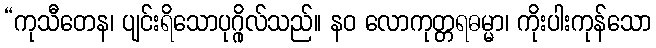
“ကုသီတေန၊ ပျင်းရိသောပုဂ္ဂိုလ်သည်။ နဝ လောကုတ္တရဓမ္မာ၊ ကိုးပါးကုန်သော